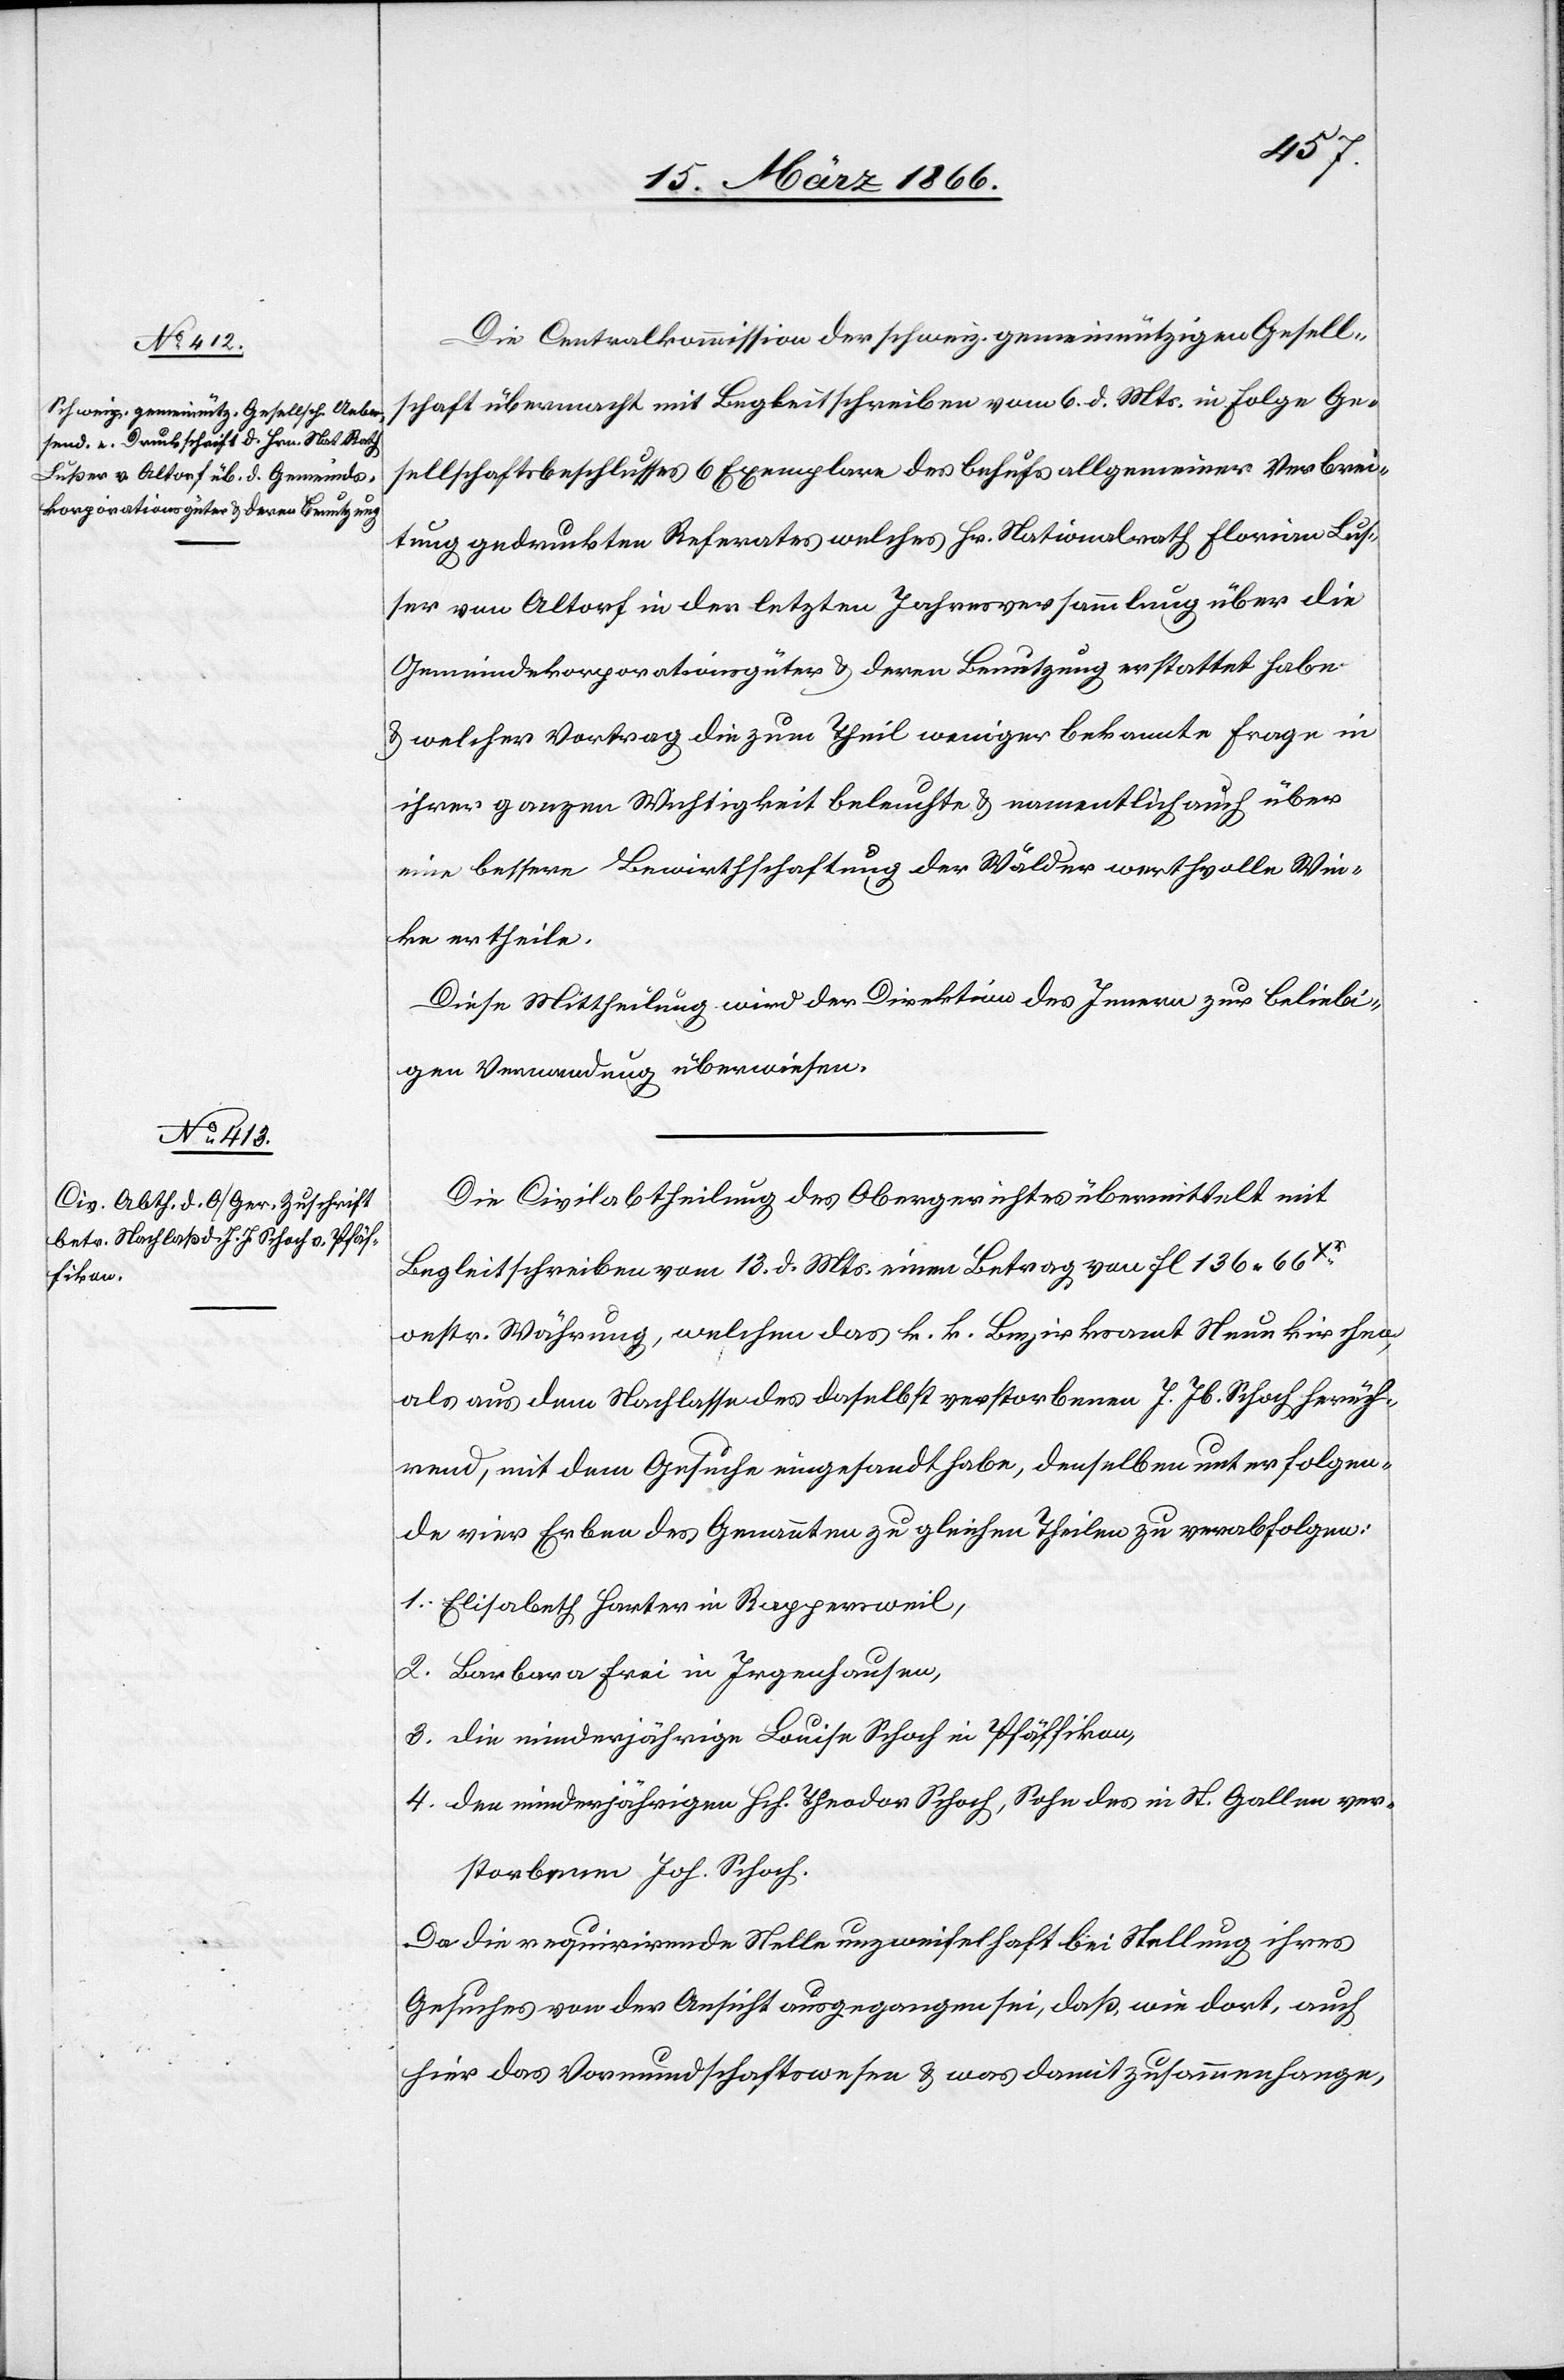
Die Centralkommission der schweiz. gemeinnützigen Gesell¬
schaft übermacht mit Begleitschreiben vom 6. d. Mts. in Folge Ges¬
ellschaftsbeschlusses 6 Exemplare des behufs allgemeiner Verbrei¬
tung gedruckten Referates welches Hr. Nationalrath Florian Lusser
von Altorf in der letzten Jahresversammlung über die
Gemeindekorporationsgüter u. deren Benutzung erstattet habe
u. welcher Vortrag die zum Theil weniger bekannte Frage in
ihrer ganzen Wichtigkeit beleuchte u. namentlich auch über
eine bessere Bewirtschaftung der Wälder werthvolle Win¬
ke ertheile.
Diese Mittheilung wird der Direktion des Innern zu beliebi¬
gen Verwendung überwiesen.
Die Civilabtheilung des Obergerichtes übermittelt mit
Begleitschreiben vom 13. d. Mts. einen Betrag von fl 136,66 Xr.
oester. Währung, welchen das k. k. Bezirksamt Neukirchen,
als aus dem Nachlasse des daselbst verstorbenen J. Jb. Schoch herrüh¬
rend, mit dem Gesuche eingesandt habe, denselben unter folgen¬
de Erben des Genannten zu gleichen Theilen zu verabfolgen:
1. Elisabeth Harter in Rappersweil,
2. Barbara Frei in Irgenhausen
3. die minderjährige Louise Schoch in Pfäffikon,
4. der minderjährige Hch. Theodor Schoch, Sohn des in St. Gallen ver¬
storbenen Joh. Schoch.
Da die requirirende Stelle unzweifelhaft bei Stellung ihres
Gesuches von der Ansicht ausgegangen sei, daß, wie dort, auch
hier das Vormundschaftswesen u. was damit zusammenhange,